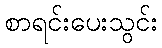
စာရင်းပေးသွင်း